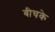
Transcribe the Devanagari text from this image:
बीचके